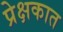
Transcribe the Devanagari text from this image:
प्रेक्षकात